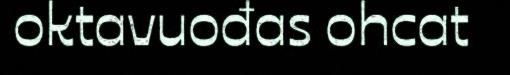
oktavuođas ohcat